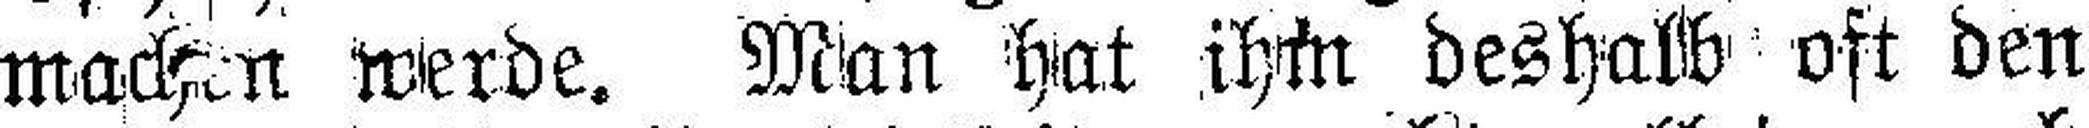
machen werde. Man hat ihm deshalb oft den